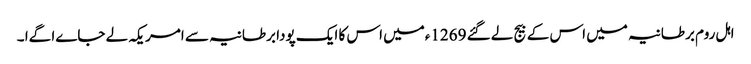
اہل روم برطانیہ میں اس کے بیج لے گئے 1269ءمیں اس کا ایک پودا برطانیہ سے امریکہ لے جاےا گےا ۔